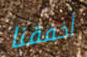
أخفقنا